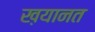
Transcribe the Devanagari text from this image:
ख़यानत